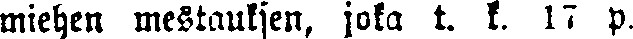
miehen mestauksen, joka t. k. 17 p.